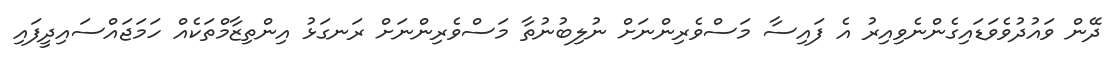
ދޭން ވައުދުވެވަޑައިގެންނެވިއިރު އެ ފައިސާ މަސްވެރިންނަށް ނުލިބުނުތާ މަސްވެރިންނަށް ރަނގަޅު އިންތިޒާމްތަކެއް ހަމަޖައްސައިދީފައި